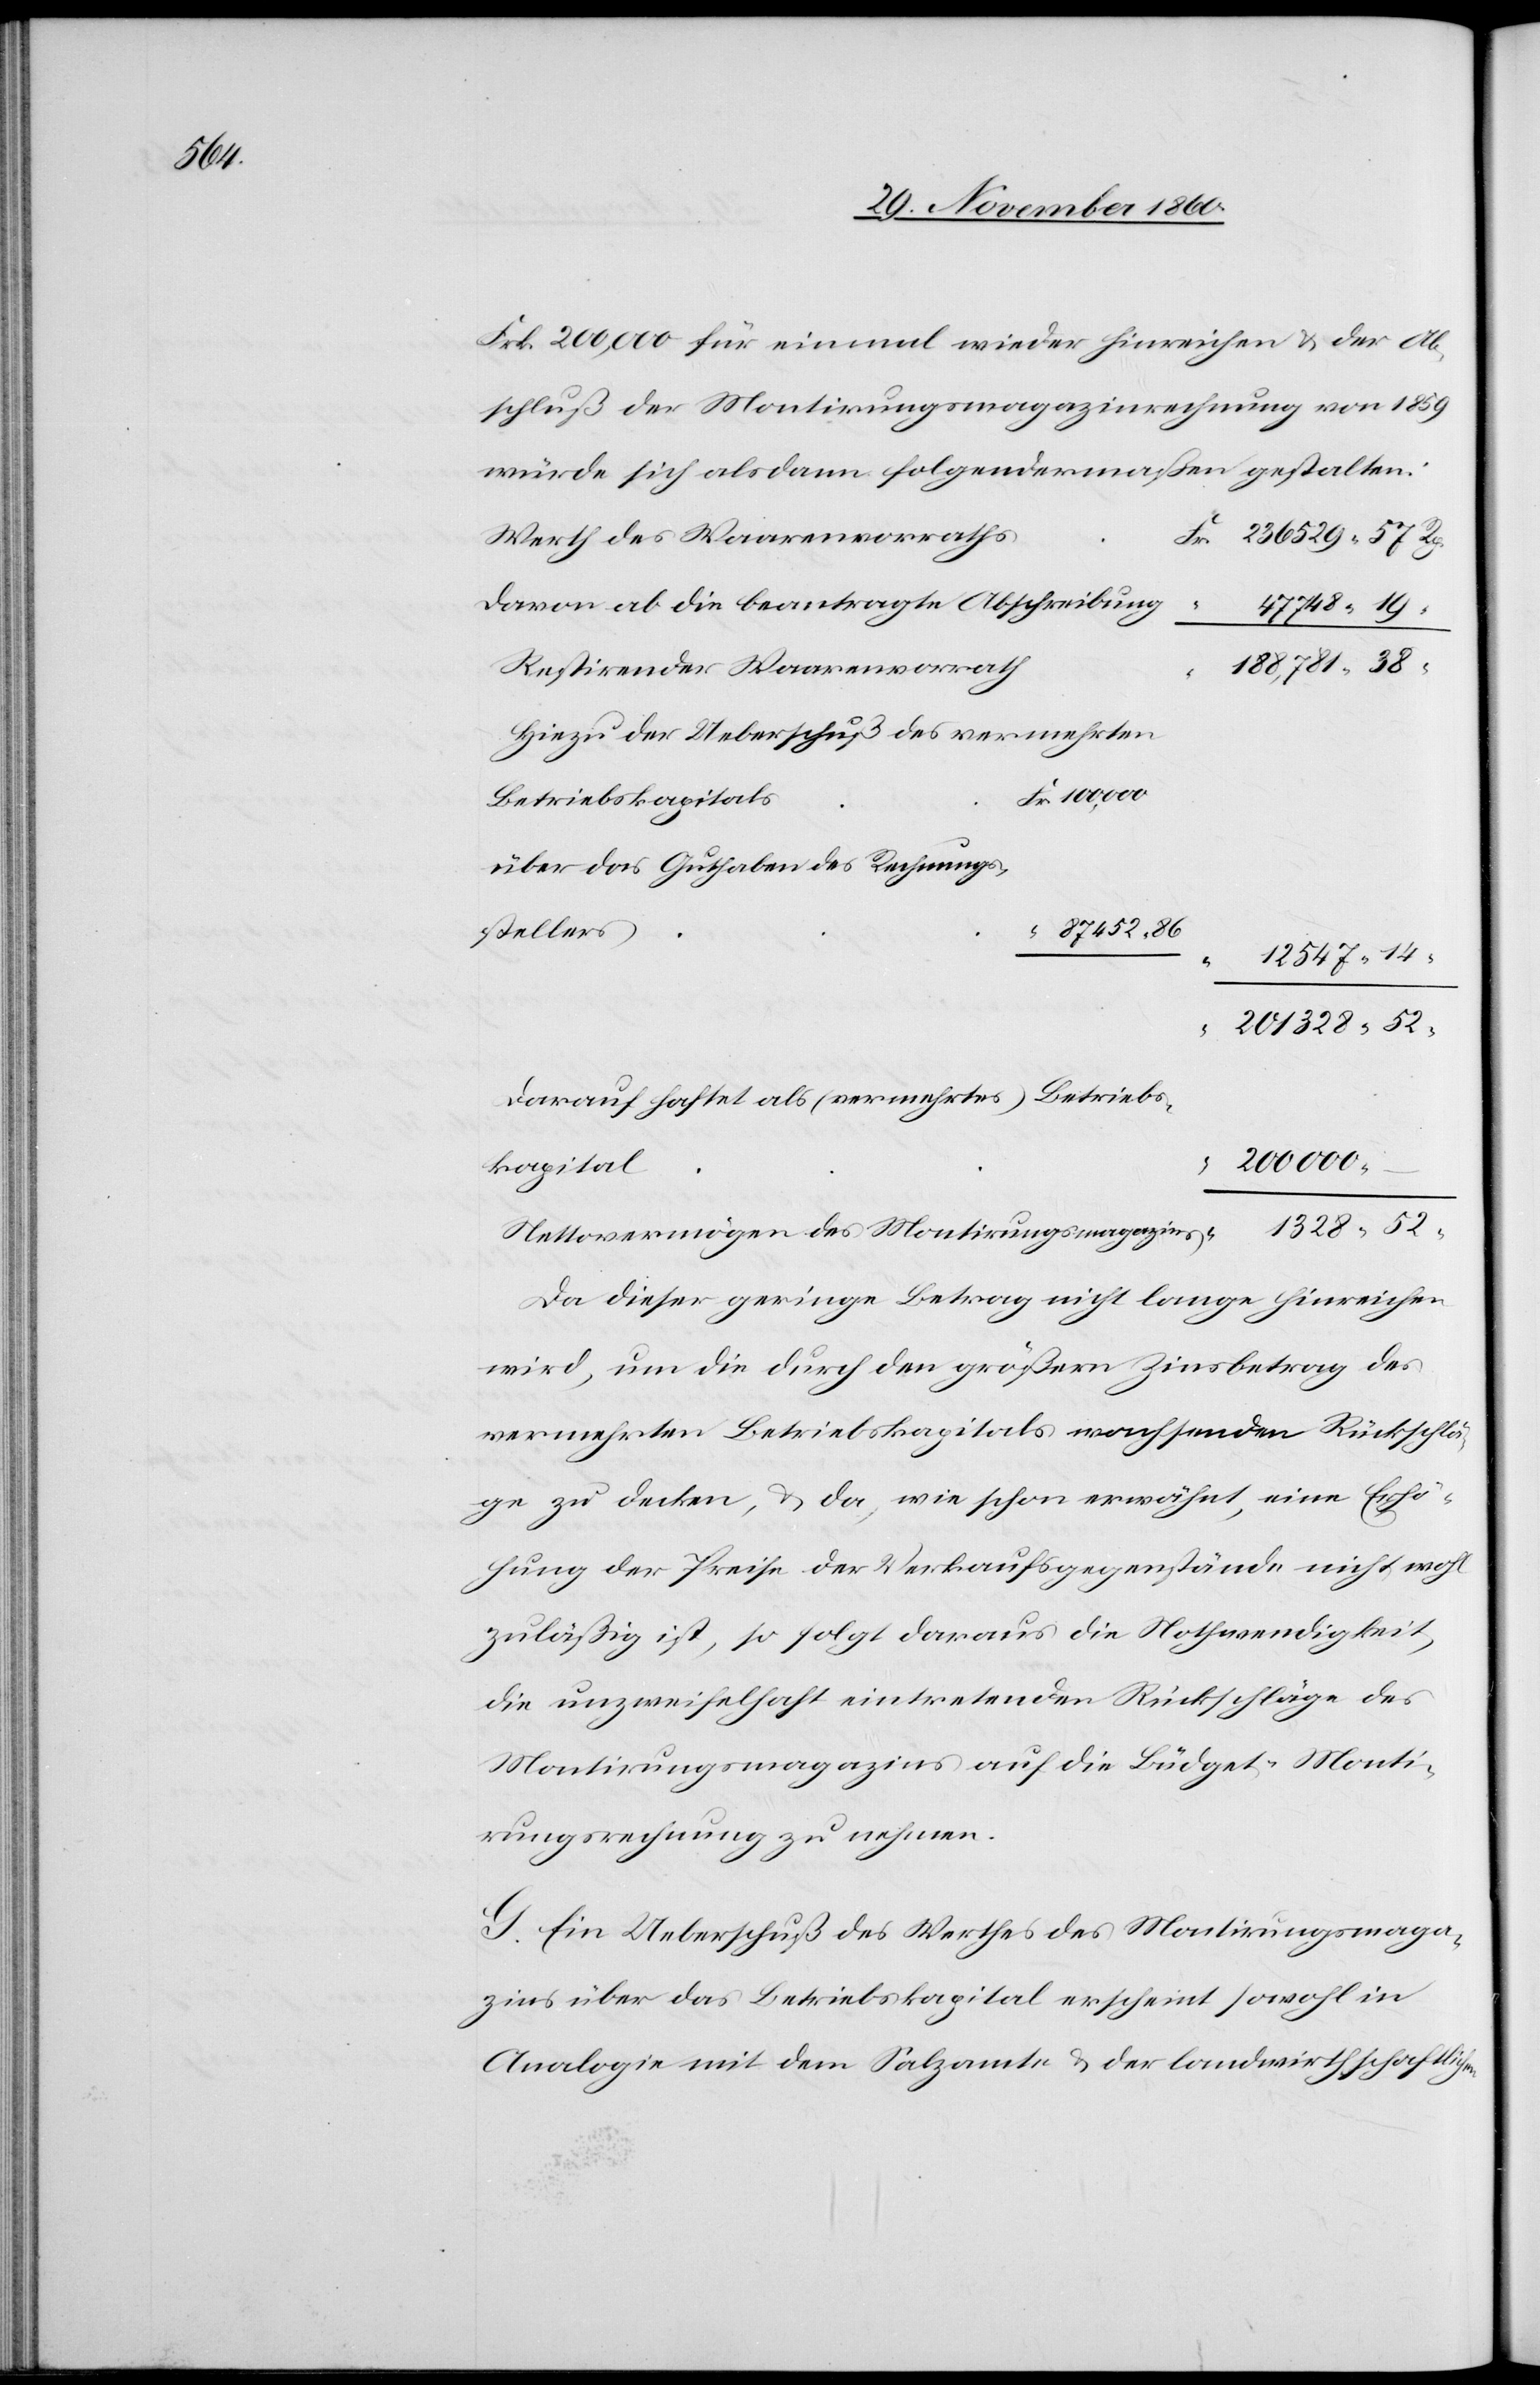
328

Frk. 200,000 für einmal wieder hinreichen u. der Ab¬
schluß der Montirungsmagazinrechnung von 1859
würde sich alsdann folgendermaßen gestalten:
Werth des Waarenvorraths
Davon ab die beantragte Abschreibung
188,781
Restirender Waarenvorrath
Hiezu der Ueberschuß des vermehrten
Betriebskapitals
über das Guthaben des Rechnungs¬
stellers
52
darauf haftet als (vermehrtes) Betriebs¬
200 000
kapital
Nettovermögen des Montirungsmagazins
Da dieser geringe Betrag nicht lange hinreichen
wird, um die durch den größern Zinsbetrag des
vermehrten Betriebskapitals wachsenden Rückschlä¬
ge zu decken, u. da, wie schon erwähnt, eine Erhö¬
hung der Preise der Verkaufsgegenstände nicht wohl
zuläßig ist, so folgt daraus die Nothwendigkeit,
die unzweifelhaft eintretenden Rückschläge des
Montirungsmagazins auf die Büdget-Monti¬
rungsrechnung zu nehmen.
G. Ein Ueberschuß des Werthes des Montirungsmaga¬
zins über das Betriebskapital erscheint sowohl in
Analogie mit dem Salzamt u. der landwirthschaftlichen